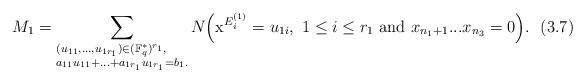
LaTeX: \begin{align*}M_1=\sum_{\begin{subarray}{I}(u_{11},...,u_{1r_1})\in (\mathbb{F}_q^*)^{r_1},\\a_{11}u_{11}+...+a_{1r_1}u_{1r_1}=b_1.\end{subarray}}N\Big(\mathrm{x}^{E^{(1)}_i}=u_{1i},\ 1\leq i\leq r_1\ {\rm and}\ x_{n_1+1}...x_{n_3}=0\Big). \ \ (3.7)\end{align*}